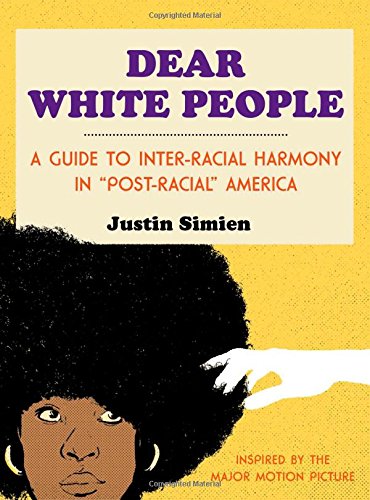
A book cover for Dear White People; Justin Simien; Humor & Entertainment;